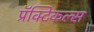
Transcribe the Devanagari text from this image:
प्रॅक्टिकल्स